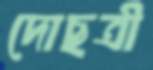
দোছত্রী